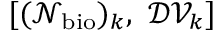
[ ( \mathcal { N } _ { \mathrm { b i o } } ) _ { k } , \ \mathcal { D V } _ { k } ]